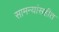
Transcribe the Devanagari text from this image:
सामन्यांसहीत